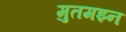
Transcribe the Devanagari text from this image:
मुतमइन